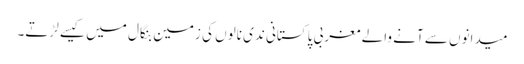
میدانوں سے آنے والے مغربی پاکستانی ندی نالوں کی زمین بنگال میں کیسے لڑتے۔